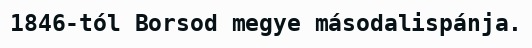
1846-tól Borsod megye másodalispánja.